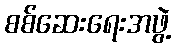
စစ်ဆေးရေးအဖွဲ့